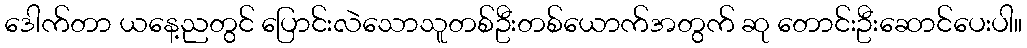
ဒေါက်တာ ယနေ့ညတွင် ပြောင်းလဲသောသူတစ်ဦးတစ်ယောက်အတွက် ဆု တောင်းဦးဆောင်ပေးပါ။